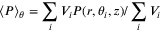
\langle P \rangle _ { \theta } = \sum _ { i } V _ { i } P ( r , \theta _ { i } , z ) / \sum _ { i } V _ { i }